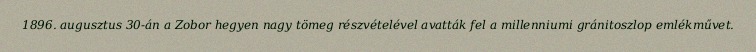
1896. augusztus 30-án a Zobor hegyen nagy tömeg részvételével avatták fel a millenniumi gránitoszlop emlékművet.